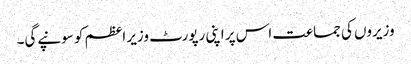
وزیروں کی جماعت اس پر اپنی رپورٹ وزیر اعظم کو سونپے‌گی۔